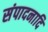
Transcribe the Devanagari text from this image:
संपादनादि